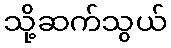
သို့ဆက်သွယ်